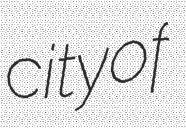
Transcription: city of